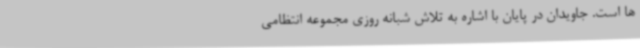
ها است. جاویدان در پایان با اشاره به تلاش شبانه روزی مجموعه انتظامی